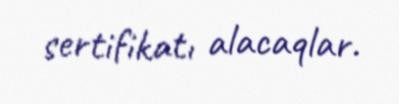
sertifikatı alacaqlar.